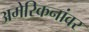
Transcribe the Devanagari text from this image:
अमेरिकनांवर